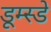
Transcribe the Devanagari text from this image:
डूम्स्डे